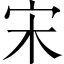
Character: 宋